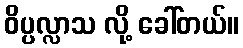
ဝိပ္ပလ္လာသ လို့ ခေါ်တယ်။